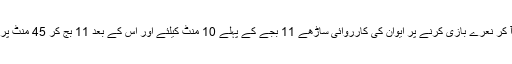
بعد میں اراکین کے ایوان کے وسط میں آ کر نعرے بازی کرنے پر ایوان کی کارروائی ساڑھے 11 بجے کے پہلے 10 منٹ کیلئے اور اس کے بعد 11 بج کر 45 منٹ پر 12 بجے تک کیلئے ملتوی کردی گئی۔